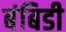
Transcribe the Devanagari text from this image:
बंबिडी